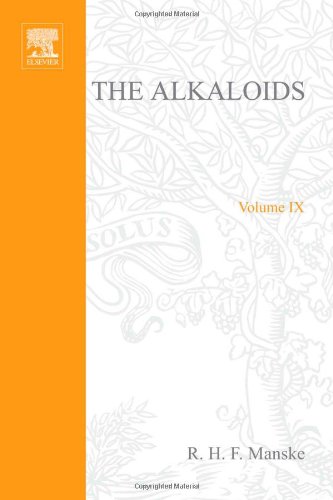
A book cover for The Alkaloids: Chemistry and Physiology, Vol. 9; Science & Math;